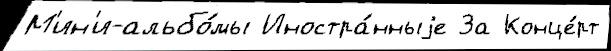
М'ин'и-альбо́мы Иностра́нныjе За Конце́рт